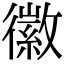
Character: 徽